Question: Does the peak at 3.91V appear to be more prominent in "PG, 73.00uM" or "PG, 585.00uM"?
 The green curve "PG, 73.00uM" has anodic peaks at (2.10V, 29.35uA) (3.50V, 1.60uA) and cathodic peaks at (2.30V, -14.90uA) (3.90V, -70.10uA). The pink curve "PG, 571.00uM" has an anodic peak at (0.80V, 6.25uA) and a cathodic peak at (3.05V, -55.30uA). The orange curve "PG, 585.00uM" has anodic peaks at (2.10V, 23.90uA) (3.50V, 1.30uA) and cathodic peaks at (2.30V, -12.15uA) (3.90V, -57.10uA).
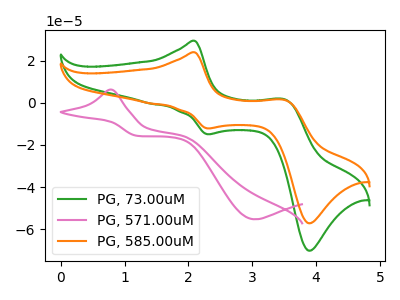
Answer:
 <answer>The peak at 3.91V is higher in "PG, 73.00uM" than in "PG, 585.00uM".</answer>
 <eval>higher</eval>